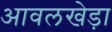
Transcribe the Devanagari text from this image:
आवलखेड़ा